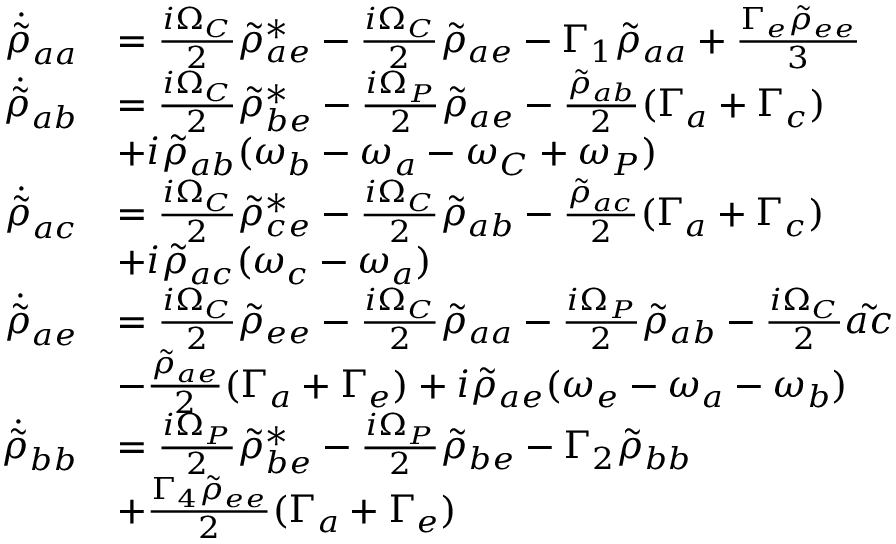
\begin{array} { r l } { \Dot { \Tilde { \rho } } _ { a a } } & { = \frac { i \Omega _ { C } } { 2 } \Tilde { \rho } _ { a e } ^ { * } - \frac { i \Omega _ { C } } { 2 } \Tilde { \rho } _ { a e } - \Gamma _ { 1 } \Tilde { \rho } _ { a a } + \frac { \Gamma _ { e } \Tilde { \rho } _ { e e } } { 3 } } \\ { \Dot { \Tilde { \rho } } _ { a b } } & { = \frac { i \Omega _ { C } } { 2 } \Tilde { \rho } _ { b e } ^ { * } - \frac { i \Omega _ { P } } { 2 } \Tilde { \rho } _ { a e } - \frac { \Tilde { \rho } _ { a b } } { 2 } ( \Gamma _ { a } + \Gamma _ { c } ) } \\ & { + i \Tilde { \rho } _ { a b } ( \omega _ { b } - \omega _ { a } - \omega _ { C } + \omega _ { P } ) } \\ { \Dot { \Tilde { \rho } } _ { a c } } & { = \frac { i \Omega _ { C } } { 2 } \Tilde { \rho } _ { c e } ^ { * } - \frac { i \Omega _ { C } } { 2 } \Tilde { \rho } _ { a b } - \frac { \Tilde { \rho } _ { a c } } { 2 } ( \Gamma _ { a } + \Gamma _ { c } ) } \\ & { + i \Tilde { \rho } _ { a c } ( \omega _ { c } - \omega _ { a } ) } \\ { \Dot { \Tilde { \rho } } _ { a e } } & { = \frac { i \Omega _ { C } } { 2 } \Tilde { \rho } _ { e e } - \frac { i \Omega _ { C } } { 2 } \Tilde { \rho } _ { a a } - \frac { i \Omega _ { P } } { 2 } \Tilde { \rho } _ { a b } - \frac { i \Omega _ { C } } { 2 } \Tilde { a c } } \\ & { - \frac { \Tilde { \rho } _ { a e } } { 2 } ( \Gamma _ { a } + \Gamma _ { e } ) + i \Tilde { \rho } _ { a e } ( \omega _ { e } - \omega _ { a } - \omega _ { b } ) } \\ { \Dot { \Tilde { \rho } } _ { b b } } & { = \frac { i \Omega _ { P } } { 2 } \Tilde { \rho } _ { b e } ^ { * } - \frac { i \Omega _ { P } } { 2 } \Tilde { \rho } _ { b e } - \Gamma _ { 2 } \Tilde { \rho } _ { b b } } \\ & { + \frac { \Gamma _ { 4 } \Tilde { \rho } _ { e e } } { 2 } ( \Gamma _ { a } + \Gamma _ { e } ) } \end{array}